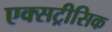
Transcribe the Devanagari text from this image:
एक्सट्रीसिक